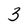
Character: 3